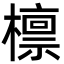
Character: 檩